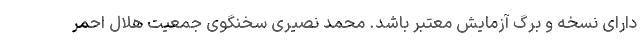
دارای نسخه و برگ آزمایش معتبر باشد. محمد نصیری سخنگوی جمعیت هلال احمر